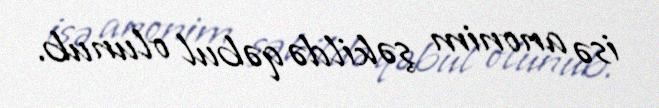
isə anonim şəkildə qəbul olunub.